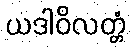
ယဒါဝိလတ္တံ